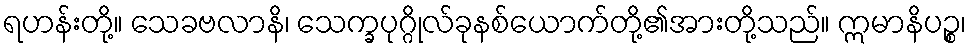
ရဟန်းတို့။ သေခဗလာနိ၊ သေက္ခပုဂ္ဂိုလ်ခုနစ်ယောက်တို့၏အားတို့သည်။ ဣမာနိပဉ္စ၊